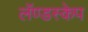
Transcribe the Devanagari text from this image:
लॅण्डस्केप